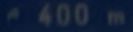
e\;400\;m